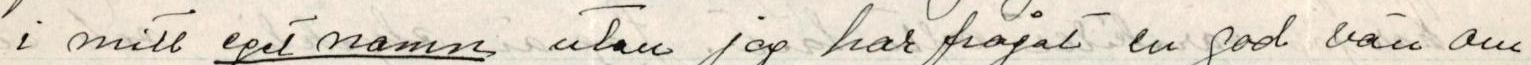
i mitt eget namn utan jag har frågat en god vän om